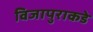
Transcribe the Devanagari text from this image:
विजापुराकडे